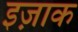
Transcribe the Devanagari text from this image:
इज़ाक